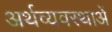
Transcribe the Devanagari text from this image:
अर्थव्यवस्थाअें